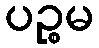
ပဉ္စမ